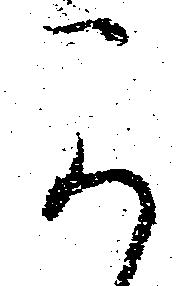
可